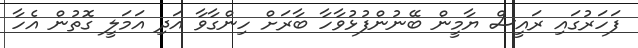
ފަހަރުގައި ރައީސް ޔާމީން ބޭނުންފުޅުވާހާ ބާރަށް ހިންގާވާ އަދި އަމަލީ ގޮތުން އެހާ